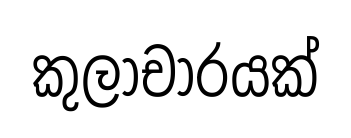
කුලාචාරයක්